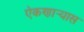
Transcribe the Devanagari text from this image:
ऐकणार्‍यास